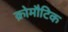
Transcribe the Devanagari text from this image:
क्रोमौटिक